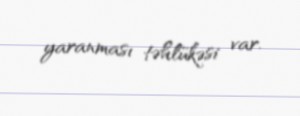
yaranması təhlükəsi var.